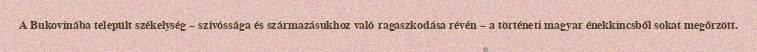
A Bukovinába települt székelység – szívóssága és származásukhoz való ragaszkodása révén – a történeti magyar énekkincsből sokat megőrzött.